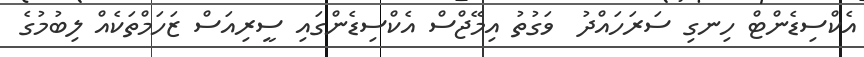
އެކްސިޑެންޓް ހިނގި ސަރަހައްދު  ވަގުތު އިމޭޖްސް އެކްސިޑެންގައި ސީރިއަސް ޒަހަމްތަކެއް ލިބުމުގެ